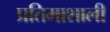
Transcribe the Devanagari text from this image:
प्रतिमाशाली